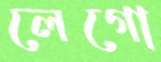
লেগো